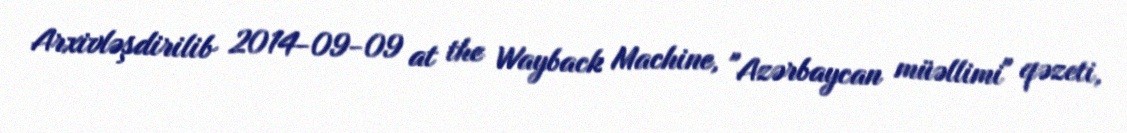
Arxivləşdirilib 2014-09-09 at the Wayback Machine, "Azərbaycan müəllimi" qəzeti,